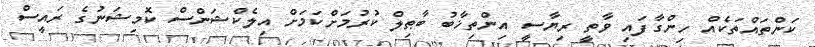
ކަންތައްތަކެއް ހިންގާފައި ވާތީ ރިޔާސީ އިންތިޚާބު ބާޠިލް ކުރުމަށްކަމަށް އިލެކްޝަންސް ކޮމިޝަނުގެ ރައީސް